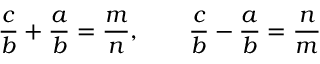
{ \frac { c } { b } } + { \frac { a } { b } } = { \frac { m } { n } } , \quad \quad { \frac { c } { b } } - { \frac { a } { b } } = { \frac { n } { m } }